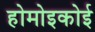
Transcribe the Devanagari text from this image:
होमोइकोई